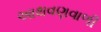
આથવણવાળી